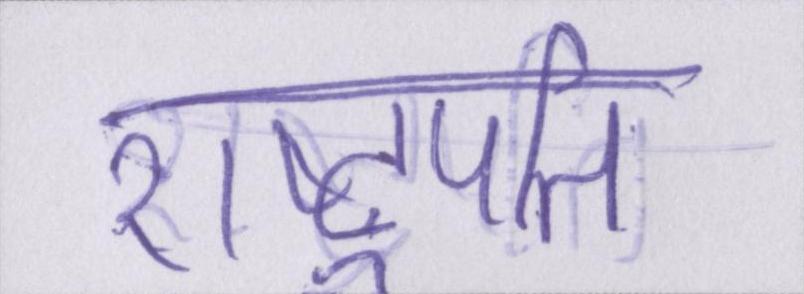
राष्ट्रपति